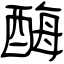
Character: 酶